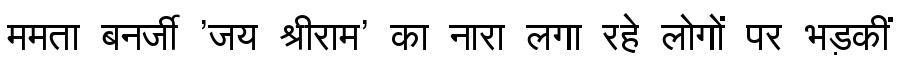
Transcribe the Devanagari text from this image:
ममता बनर्जी 'जय श्रीराम' का नारा लगा रहे लोगों पर भड़कीं